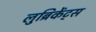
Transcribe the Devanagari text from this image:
लुब्रिकेंट्स